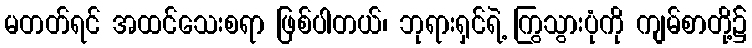
မတတ်ရင် အထင်သေးစရာ ဖြစ်ပါတယ်၊ ဘုရားရှင်ရဲ့ ကြွသွားပုံကို ကျမ်စာတို့၌